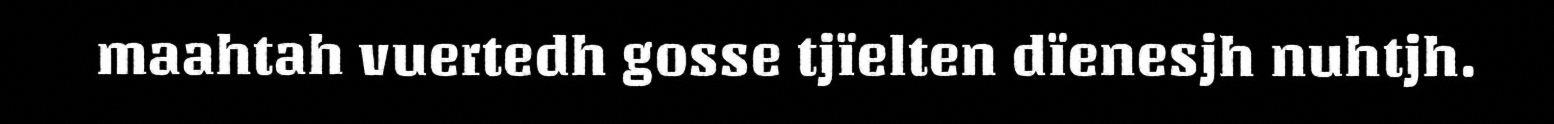
maahtah vuertedh gosse tjïelten dïenesjh nuhtjh.